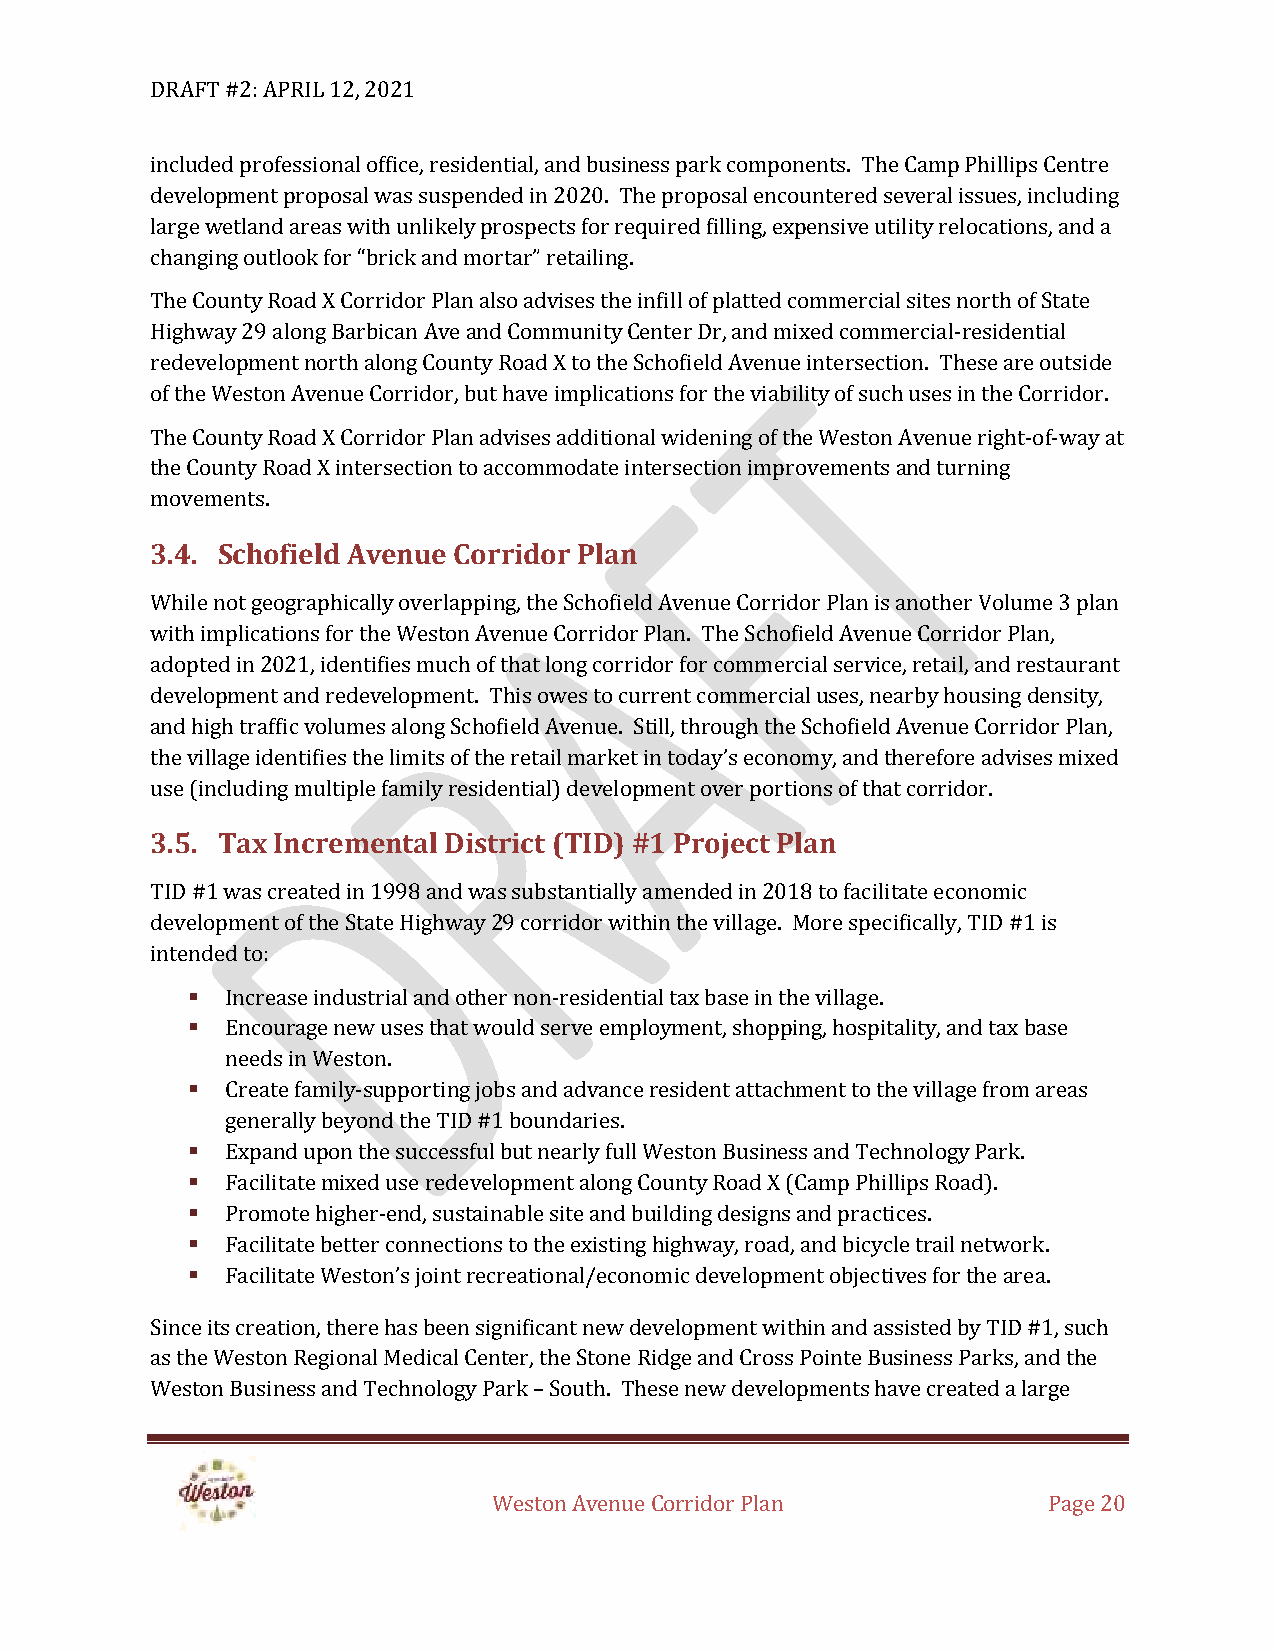
DRAFT #2: APRIL 12, 2021
 included professional office, residential, and business park components. The Camp Phillips Centre
 development proposal was suspended in 2020. The proposal encountered several issues, including
 large wetland areas with unlikely prospects for required filling, expensive utility relocations, and a
 changing outlook for “brick and mortar” retailing.
 The County Road X Corridor Plan also advises the infill of platted commercial sites north of State
 Highway 29 along Barbican Ave and Community Center Dr, and mixed commercial-residential
 redevelopment north along County Road X to the Schofield Avenue intersection. These are outside
 of the Weston Avenue Corridor, but have implications for the viability of such uses in the Corridor.
 The County Road X Corridor Plan advises additional widening of the Weston Avenue right-of-way at
 the County Road X intersection to accommodate intersection improvements and turning
 movements.
 3.4. Schofield Avenue Corridor Plan
 While not geographically overlapping, the Schofield Avenue Corridor Plan is another Volume 3 plan
 with implications for the Weston Avenue Corridor Plan. The Schofield Avenue Corridor Plan,
 adopted in 2021, identifies much of that long corridor for commercial service, retail, and restaurant
 development and redevelopment. This owes to current commercial uses, nearby housing density,
 and high traffic volumes along Schofield Avenue. Still, through the Schofield Avenue Corridor Plan,
 the village identifies the limits of the retail market in today’s economy, and therefore advises mixed
 use (including multiple family residential) development over portions of that corridor.
 3.5. Tax Incremental District (TID) #1 Project Plan
 TID #1 was created in 1998 and was substantially amended in 2018 to facilitate economic
 development of the State Highway 29 corridor within the village. More specifically, TID #1 is
 intended to:
 ▪  Increase industrial and other non-residential tax base in the village.
 ▪  Encourage new uses that would serve employment, shopping, hospitality, and tax base
 needs in Weston.
 ▪  Create family-supporting jobs and advance resident attachment to the village from areas
 generally beyond the TID #1 boundaries.
 ▪  Expand upon the successful but nearly full Weston Business and Technology Park.
 ▪  Facilitate mixed use redevelopment along County Road X (Camp Phillips Road).
 ▪  Promote higher-end, sustainable site and building designs and practices.
 ▪  Facilitate better connections to the existing highway, road, and bicycle trail network.
 ▪  Facilitate Weston’s joint recreational/economic development objectives for the area.
 Since its creation, there has been significant new development within and assisted by TID #1, such
 as the Weston Regional Medical Center, the Stone Ridge and Cross Pointe Business Parks, and the
 Weston Business and Technology Park – South. These new developments have created a large
 Weston Avenue Corridor Plan         Page 20